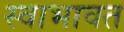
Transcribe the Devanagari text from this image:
स्वाभावत